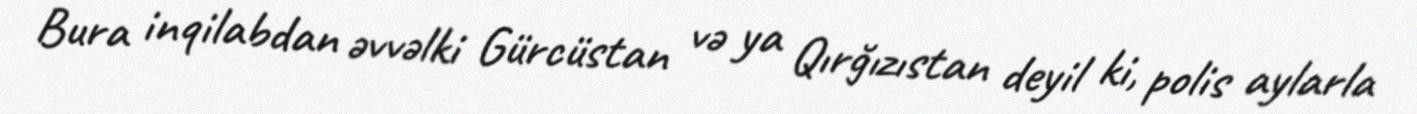
Bura inqilabdan əvvəlki Gürcüstan və ya Qırğızıstan deyil ki, polis aylarla